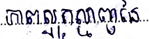
ភាពស្មុគស្មាញនៃ